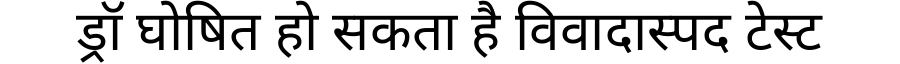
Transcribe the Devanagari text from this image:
ड्रॉ घोषित हो सकता है विवादास्पद टेस्ट